Indian journal of veterinary science and animal husbandry - Volume 1,
Year: 1931
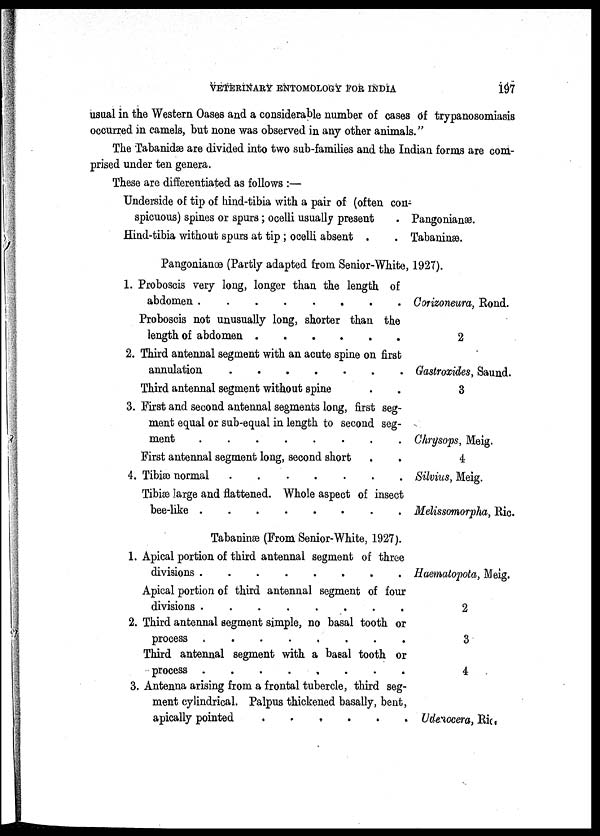
VETERINARY ENTOMOLOGY FOR INDIA
197
usual in the Western Oases and a considerable number of cases of trypanosomiasis
occurred in camels, but none was observed in any other animals."
The Tabanidæ are divided into two sub-families and the Indian forms are com-
prised under ten genera.
These are differentiated as follows :—
Underside of tip of hind-tibia with a pair of (often con-
spicuous) spines or spurs; ocelli usually present
. Pangonianæ.
Hind-tibia without spurs at tip ; ocelli absent .
. Tabaninæ.
Pangonianœ (Partly adapted from Senior-White, 1927).
1. Proboscis very long, longer than the length of
abdomen
Proboscis not unusually long, shorter than the
length of abdomen
......
2. Third antennal segment with an acute spine on first
annulation
Third antennal segment without spine
3. First and second antennal segments long, first seg-
ment equal or sub-equal in length to second seg-
ment
First antennal segment long, second short
4. Tibiæ normal
Tibiæ large and flattened. Whole aspect of insect
bee-like
........
Tabaninæ (From Senior-White, 1927).
1. Apical portion of third antennal segment of three
divisions
Apical portion of third antennal segment of four
divisions
2. Third antennal segment simple, no basal tooth or
process
........
Third antennal segment with a basal tooth or
process
3. Antenna arising from a frontal tubercle, third seg-
ment cylindrical. Palpus thickened basally, bent,
apically pointed
......
Corizoneura, Rond.
2
Gastroxides, Saund.
3
Chrysops, Meig.
4
Silvius, Meig.
Melissomorpha, Ric.
Haematopota, Meig.
2
3
4
Udenocera, Ric.